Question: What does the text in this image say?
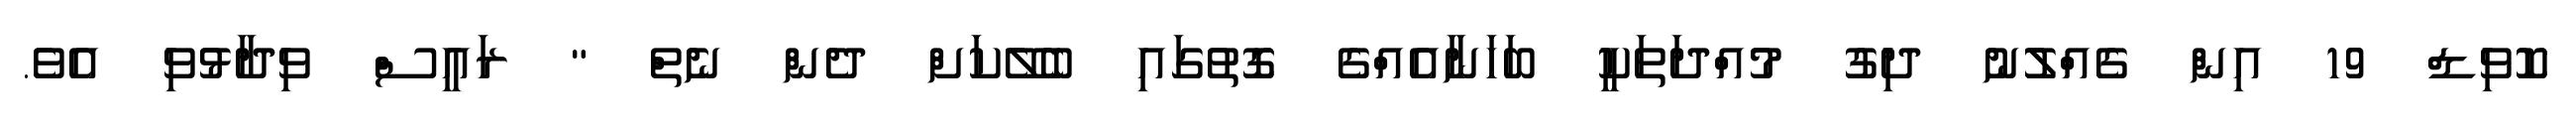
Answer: ކޮވިޑް 19 އިން ގެއްލުނު ދިގު މުއްދަތަކީ ބަހަނާއެއްގެ ގޮތުގައި ބެލޭކަށް ދެން ނެތް " ރައީސް ވިދާޅުވި އެވެ.